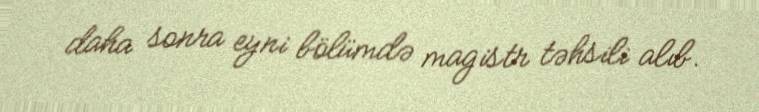
daha sonra eyni bölümdə magistr təhsili alıb.